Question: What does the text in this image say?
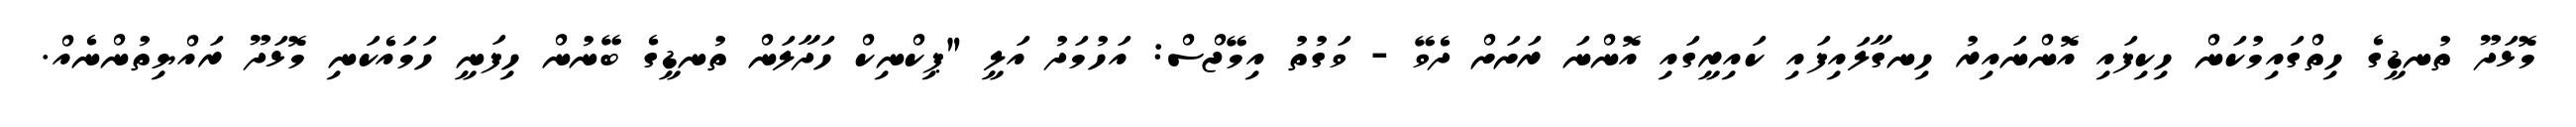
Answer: މޮޅަދޫ ތުނޑީގެ ހިތްގައިމުކަން ހިކިފައި އޮންނައިރު ހިނގާލައިފައި ކައިރީގައި އޮންނަ ރަށަށް ދެވޭ - ވަގުތު އިމޭޖްސް: އަހުމަދު އަލީ "ޕިކްނިކް ހަދާލަން ތުނޑީގެ ބޭނުން ހިފަނީ ހަމައެކަނި މޮޅަދޫ ރައްޔިތުންނެއް.